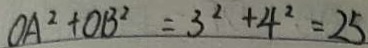
O A ^ { 2 } + O B ^ { 2 } = 3 ^ { 2 } + 4 ^ { 2 } = 2 5